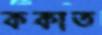
ককাত